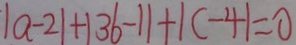
\vert a - 2 \vert + \vert 3 6 - 1 \vert + \vert c - 4 \vert = 0